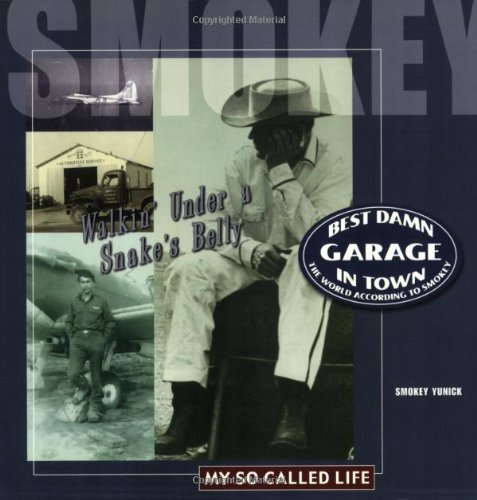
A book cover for Best Damn Garage in Town: The World According to Smokey; Smokey Yunick; Sports & Outdoors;